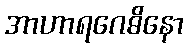
အာဟာရဂေဓိနော